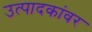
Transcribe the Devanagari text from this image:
उत्पादकांवर